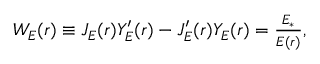
\begin{array} { r } { W _ { E } ( r ) \equiv J _ { E } ( r ) Y _ { E } ^ { \prime } ( r ) - J _ { E } ^ { \prime } ( r ) Y _ { E } ( r ) = \frac { E _ { \ast } } { E ( r ) } , } \end{array}